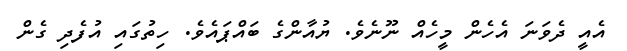
އެއީ ދެވަނަ އެހެން މީހެއް ނޫނެވެ. ޔުއާންގެ ބައްޕައެވެ. ހިތުގައި އުފެދި ގެން